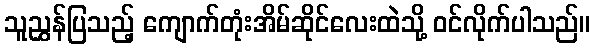
သူညွှန်ပြသည့် ကျောက်တုံးအိမ်ဆိုင်လေးထဲသို့ ဝင်လိုက်ပါသည်။